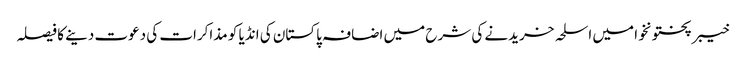
خیبر پختونخوا میں اسلحہ خریدنے کی شرح میں اضافہ	 پاکستان کی انڈیا کو مذاکرات کی دعوت دینے کا فیصلہ